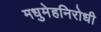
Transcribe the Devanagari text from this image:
मधुमेहनिरोधी